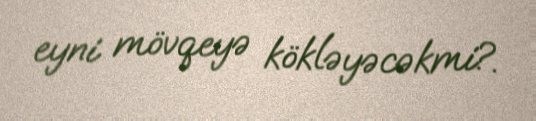
eyni mövqeyə kökləyəcəkmi?.